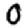
Digit: 0